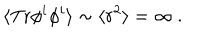
\langle \mathrm { T r } \phi ^ { i } \phi ^ { i } \rangle \sim \langle r ^ { 2 } \rangle = \infty \ .